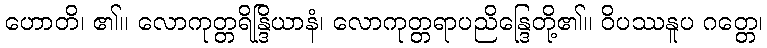
ဟောတိ၊ ၏။ လောကုတ္တရိန္ဒြိယာနံ၊ လောကုတ္တရာပညိန္ဒြေတို့၏။ ဝိပဿနူပ ဂတ္တေ၊